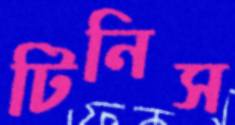
টিনিস